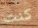
كنت